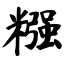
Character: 糨